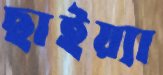
ছাইয়্যা